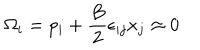
\Omega _ { i } = p _ { i } + \frac { B } { 2 } \epsilon _ { i j } x _ { j } \approx 0